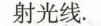
射光线.